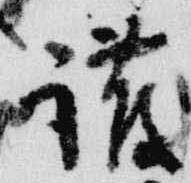
護